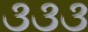
૩૩૩